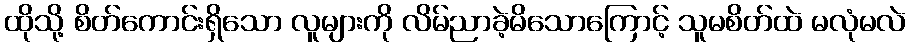
ထိုသို့ စိတ်ကောင်းရှိသော လူများကို လိမ်ညာခဲ့မိသောကြောင့် သူမစိတ်ထဲ မလုံမလဲ